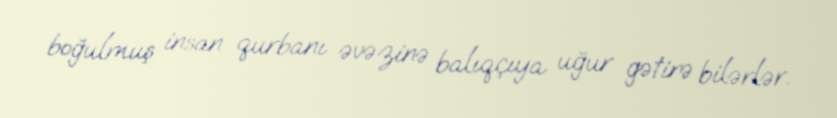
boğulmuş insan qurbanı əvəzinə balıqçıya uğur gətirə bilərlər.